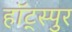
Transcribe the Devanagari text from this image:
हॉट्स्पुर